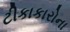
ટીકાકારોના